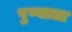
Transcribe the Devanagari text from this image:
पु्ण्याला